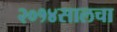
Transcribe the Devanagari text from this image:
२०१४सालचा